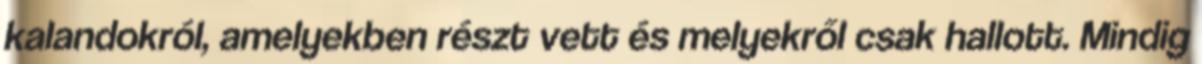
kalandokról, amelyekben részt vett és melyekről csak hallott. Mindig